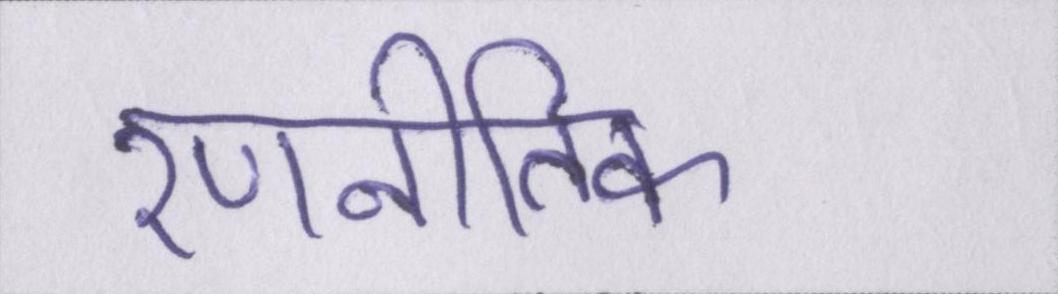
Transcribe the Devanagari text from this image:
रणनीतिक